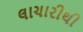
લાચારીથી